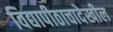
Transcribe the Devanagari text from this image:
विद्यापीठाचादेखील